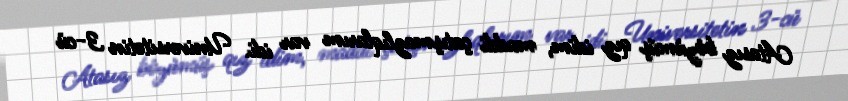
Atasız böyümüş qız idim, maddi çatışmazlıqlarım var idi. Universitetin 3-cü